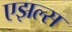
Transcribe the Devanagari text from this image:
एझल्स